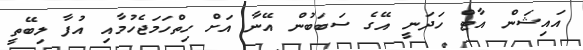
އައިޝަން އާޓް ހަދަނީ އޭގެ ސަބަބުން އޭނާ އަށް ހިތްހަމަޖެހުމާއި އުފާ ލިބޭތީ